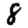
Digit: 8